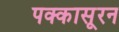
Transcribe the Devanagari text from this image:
पक्कासूरन